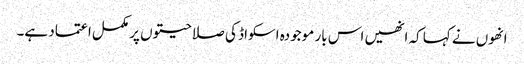
انھوں نے کہا کہ انھیں اس بار موجودہ اسکواڈ کی صلاحیتوں پر مکمل اعتماد ہے۔